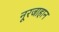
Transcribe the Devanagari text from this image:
नूरजाहान